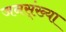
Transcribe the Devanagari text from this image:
जनस्ंख्या